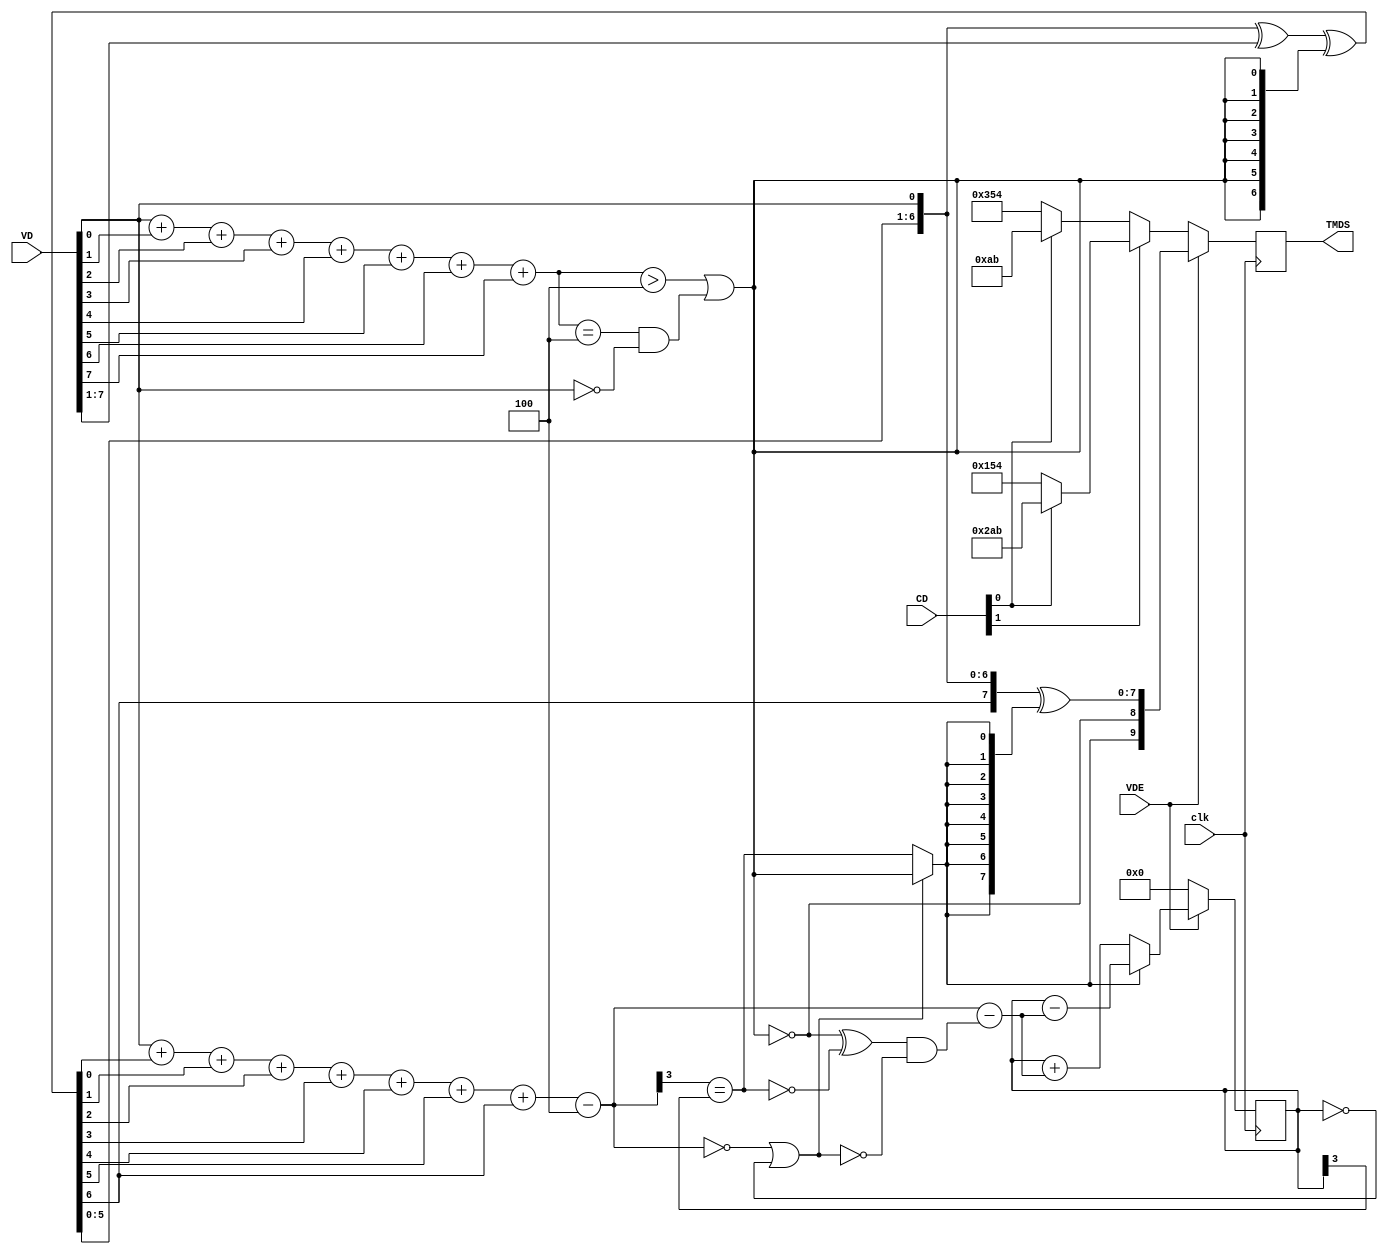
`timescale 1ns / 1ps
//////////////////////////////////////////////////////////////////////////////////
// Company: 
// Engineer: 
// 
// Design Name: 
// Module Name:    TDMS_encoder 
// Project Name: 
// Target Devices: 
// Tool versions: 
// Description: 
//
// Dependencies: 
//
// Revision: 
// Revision 0.01 - File Created
// Additional Comments: 
//
//////////////////////////////////////////////////////////////////////////////////
module TMDS_encoder(
	input clk,
	input [7:0] VD,  // video data (red, green or blue)
	input [1:0] CD,  // control data
	input VDE,  // video data enable, to choose between CD (when VDE=0) and VD (when VDE=1)
	output reg [9:0] TMDS = 0
);

wire [3:0] Nb1s = VD[0] + VD[1] + VD[2] + VD[3] + VD[4] + VD[5] + VD[6] + VD[7];
wire XNOR = (Nb1s>4'd4) || (Nb1s==4'd4 && VD[0]==1'b0);
wire [8:0] q_m = {~XNOR, q_m[6:0] ^ VD[7:1] ^ {7{XNOR}}, VD[0]};

reg [3:0] balance_acc = 0;
wire [3:0] balance = q_m[0] + q_m[1] + q_m[2] + q_m[3] + q_m[4] + q_m[5] + q_m[6] + q_m[7] - 4'd4;
wire balance_sign_eq = (balance[3] == balance_acc[3]);
wire invert_q_m = (balance==0 || balance_acc==0) ? ~q_m[8] : balance_sign_eq;
wire [3:0] balance_acc_inc = balance - ({q_m[8] ^ ~balance_sign_eq} & ~(balance==0 || balance_acc==0));
wire [3:0] balance_acc_new = invert_q_m ? balance_acc-balance_acc_inc : balance_acc+balance_acc_inc;
wire [9:0] TMDS_data = {invert_q_m, q_m[8], q_m[7:0] ^ {8{invert_q_m}}};
wire [9:0] TMDS_code = CD[1] ? (CD[0] ? 10'b1010101011 : 10'b0101010100) : (CD[0] ? 10'b0010101011 : 10'b1101010100);

always @(posedge clk) TMDS <= VDE ? TMDS_data : TMDS_code;
always @(posedge clk) balance_acc <= VDE ? balance_acc_new : 4'h0;
endmodule